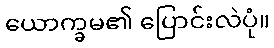
ယောက္ခမ၏ ပြောင်းလဲပုံ။